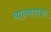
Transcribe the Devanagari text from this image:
बान्सवाडा